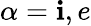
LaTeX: \alpha=\mathbf{i},e